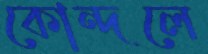
কোন্দলে